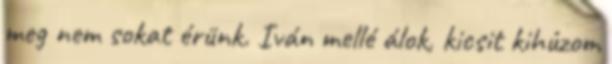
meg nem sokat érünk. Iván mellé álok, kicsit kihúzom